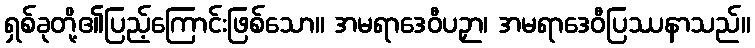
ရှစ်ခုတို့၏ပြည့်ကြောင်းဖြစ်သော။ အမရာဒေဝီပဉှာ၊ အမရာဒေဝီပြဿနာသည်။